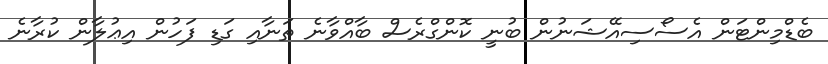
ބެޑްމިންޓަން އެސޯސިއޭޝަނުން ބުނީ ކޮންގްރެސް ބާއްވާނެ ތަނާއި ގަޑި ފަހުން އިޢުލާން ކުރާނެ